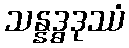
သန္နဒ္ဓဒုဿံ